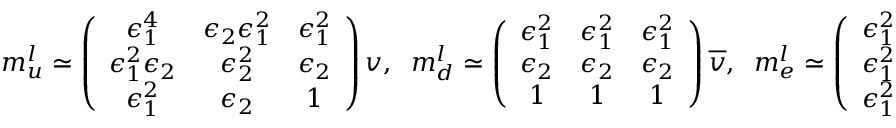
m _ { u } ^ { l } \simeq \left( \begin{array} { c c c } { { \epsilon _ { 1 } ^ { 4 } } } & { { \epsilon _ { 2 } \epsilon _ { 1 } ^ { 2 } } } & { { \epsilon _ { 1 } ^ { 2 } } } \\ { { \epsilon _ { 1 } ^ { 2 } \epsilon _ { 2 } } } & { { \epsilon _ { 2 } ^ { 2 } } } & { { \epsilon _ { 2 } } } \\ { { \epsilon _ { 1 } ^ { 2 } } } & { { \epsilon _ { 2 } } } & { { 1 } } \end{array} \right) v , \; \; m _ { d } ^ { l } \simeq \left( \begin{array} { c c c } { { \epsilon _ { 1 } ^ { 2 } } } & { { \epsilon _ { 1 } ^ { 2 } } } & { { \epsilon _ { 1 } ^ { 2 } } } \\ { { \epsilon _ { 2 } } } & { { \epsilon _ { 2 } } } & { { \epsilon _ { 2 } } } \\ { { 1 } } & { { 1 } } & { { 1 } } \end{array} \right) \overline { { { v } } } , \; \; m _ { e } ^ { l } \simeq \left( \begin{array} { c c c } { { \epsilon _ { 1 } ^ { 2 } } } & { { \epsilon _ { 2 } } } & { { 1 } } \\ { { \epsilon _ { 1 } ^ { 2 } } } & { { \epsilon _ { 2 } } } & { { 1 } } \\ { { \epsilon _ { 1 } ^ { 2 } } } & { { \epsilon _ { 2 } } } & { { 1 } } \end{array} \right) \overline { { { v } } } , \; \;